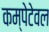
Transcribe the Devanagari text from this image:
कम्पेटेवल